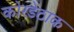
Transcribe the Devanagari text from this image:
कोरडेठाक